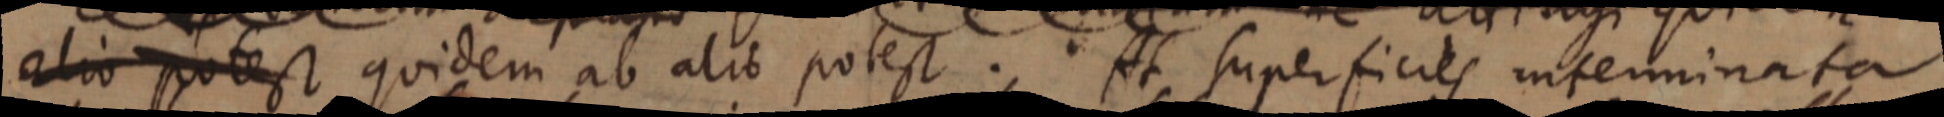
alio potest, quidem ab alio potest. At superficies interminata